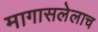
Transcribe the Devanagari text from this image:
मागासलेलाच